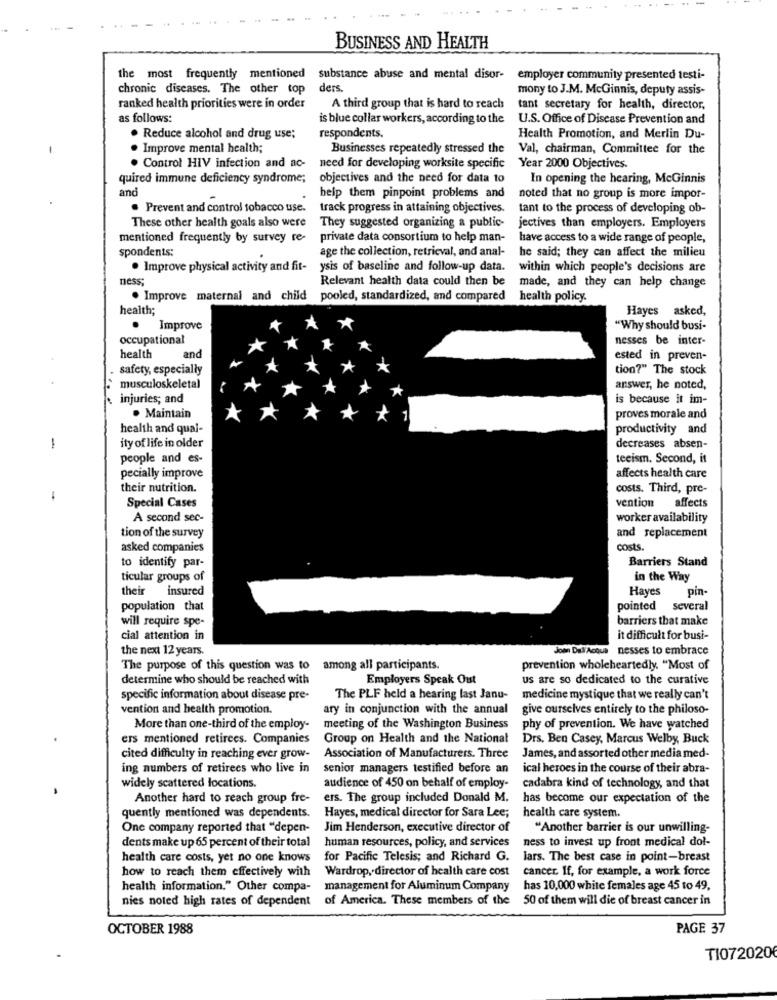
BUSINESS AND HEALTH
the most frequently mentioned substance abuse and mental disor-
employer community presented testi-
chronic diseases. The other top
ders
mony to J.M. McGinnis, deputy assis-
ranked health priorities were in order
A third group that is hard to reach
tant secretary for health, director,
as follows:
is blue collar workers, according to the
U.S. Office of Disease Prevention and
. Reduce alcohol and drug use;
respondents.
Health Promotion, and Merlin Du-
. Improve mental health;
Businesses repeatedly stressed the
Val, chairman, Committee for the
. Control HIV infection and ac-
need for developing worksite specific
Year 2000 Objectives.
quired immune deficiency syndrome;
objectives and the need for data to
In opening the hearing, McGinnis
and
help them pinpoint problems and
noted that no group is more impor-
. Prevent and control tobacco use.
track progress in attaining objectives.
tant to the process of developing ob-
These other health goals also were
They suggested organizing a public-
jectives than employers. Employers
mentioned frequently by survey re-
private data consortium to help man-
have access to a wide range of people,
spondents:
age the collection, retrieval, and anal-
he said; they can affect the milieu
. Improve physical activity and fit-
ysis of baseline and follow-up data.
within which people's decisions are
ness;
Relevant health data could then be
made, and they can help change
. Improve maternal and child pooled, standardized, and compared
health policy.
health;
Hayes asked,
.
Improve
"Why should busi-
occupational
nesses be inter-
health
and
ested in preven-
safety, especially
tion?" The stock
musculoskeletal
answer, he noted,
injuries; and
is because it im-
. Maintain
proves morale and
health and qual-
productivity and
-
ity of life in older
decreases absen-
people and es-
teeism. Second, it
pecially improve
affects health care
their nutrition.
costs. Third, pre-
-
Special Cases
vention affects
A second sec-
worker availability
tion of the survey
and replacement
asked companies
costs.
to identify par-
Barriers Stand
ticular groups of
in the Way
their insured
Hayes
pin
population that
pointed
several
will require spe-
barriers that make
cial attention in
it difficult for busi-
the next 12 years.
Jom Dall'Acque nesses to embrace
The purpose of this question was to
among all participants.
prevention wholeheartedly. "Most of
determine who should be reached with
Employers Speak Out
us are so dedicated to the curative
specific information about disease pre-
The PLF held a hearing last Janu-
medicine mystique that we really can't
vention and health promotion.
ary in conjunction with the annual
give ourselves entirely to the philoso-
More than one-third of the employ-
meeting of the Washington Business
phy of prevention. We have watched
ers mentioned retirees. Companies
Group on Health and the National
Drs. Ben Casey, Marcus Welby, Buck
cited difficulty in reaching ever grow-
Association of Manufacturers. Three
James, and assorted other media med-
ing numbers of retirees who live in
senior managers testified before an
ical heroes in the course of their abra-
widely scattered locations.
audience of 450 on behalf of employ-
cadabra kind of technology, and that
Another hard to reach group fre-
ers. The group included Donald M.
has become our expectation of the
quently mentioned was dependents.
Hayes, medical director for Sara Lee;
health care system.
One company reported that "depen-
Jim Henderson, executive director of
"Another barrier is our unwilling-
human resources, policy, and services
ness to invest up front medical dol-
dents make up 65 percent of their total
health care costs, yet no one knows
for Pacific Telesis; and Richard G.
lars. The best case in point-breast
how to reach them effectively with
Wardrop, director of health care cost
cancer. If, for example, a work force
health information." Other compa-
management for Aluminum Company
has 10,000 white females age 45 to 49,
nies noted high rates of dependent
of America. These members of the
50 of them will die of breast cancer in
OCTOBER 1988
PAGE 37
TI072020